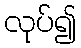
လုပ်၍